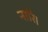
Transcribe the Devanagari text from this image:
नारि।